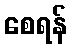
စေရန်